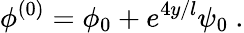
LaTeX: \phi^{(0)}=\phi_{0}+e^{4y/l}\psi_{0}\ .